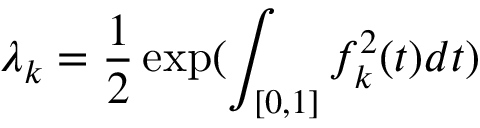
\lambda _ { k } = \frac { 1 } { 2 } \exp ( \int _ { [ 0 , 1 ] } f _ { k } ^ { 2 } ( t ) d t )